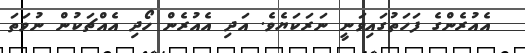
އެއުރެންގެ ފަހަތުގައިވަނީ ނަރަކަޔެވެ. އަދި އެއުރެން ހޯދި އެއްޗަކުން ނުވަތަ